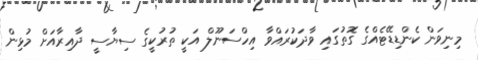
މިނިވަން ކެންޑިޑޭޓެެއްގެ ގޮތުގައި ވާދަކުރައްވާ އިހްސަނޫލް އަކީ ތުރުކީގެ ސިޔާސީ ދާއިރާއަށް މުޅިން